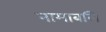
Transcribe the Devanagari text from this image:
नामाबलि